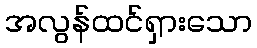
အလွန်ထင်ရှားသော